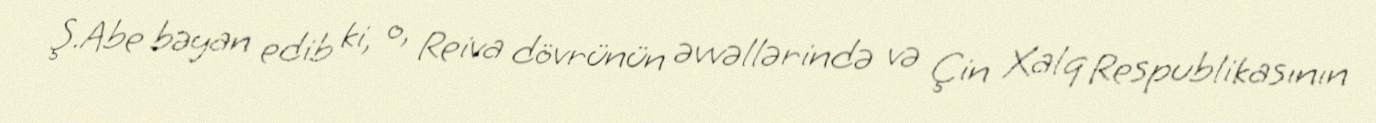
Ş.Abe bəyan edib ki, o, Reiva dövrünün əvvəllərində və Çin Xalq Respublikasının